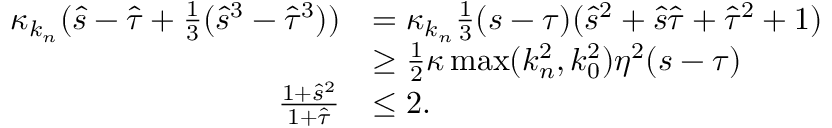
\begin{array} { r l } { \kappa _ { k _ { n } } ( \hat { s } - \hat { \tau } + \frac 1 3 ( \hat { s } ^ { 3 } - \hat { \tau } ^ { 3 } ) ) } & { = \kappa _ { k _ { n } } \frac 1 3 ( s - \tau ) ( \hat { s } ^ { 2 } + \hat { s } \hat { \tau } + \hat { \tau } ^ { 2 } + 1 ) } \\ & { \ge \frac 1 2 \kappa \operatorname* { m a x } ( { k _ { n } ^ { 2 } } , k _ { 0 } ^ { 2 } ) \eta ^ { 2 } ( s - \tau ) } \\ { \frac { 1 + \hat { s } ^ { 2 } } { 1 + \hat { \tau } } } & { \le 2 . } \end{array}